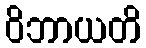
ဝိဘာယတိ